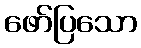
ဖော်ပြသော